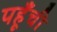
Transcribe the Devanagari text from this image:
पहूँची